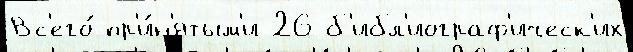
Вс'его́ пр'и́н'ятым'и 26 б'ибл'иограф'ическ'их